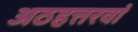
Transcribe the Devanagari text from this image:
अठहत्तरवां